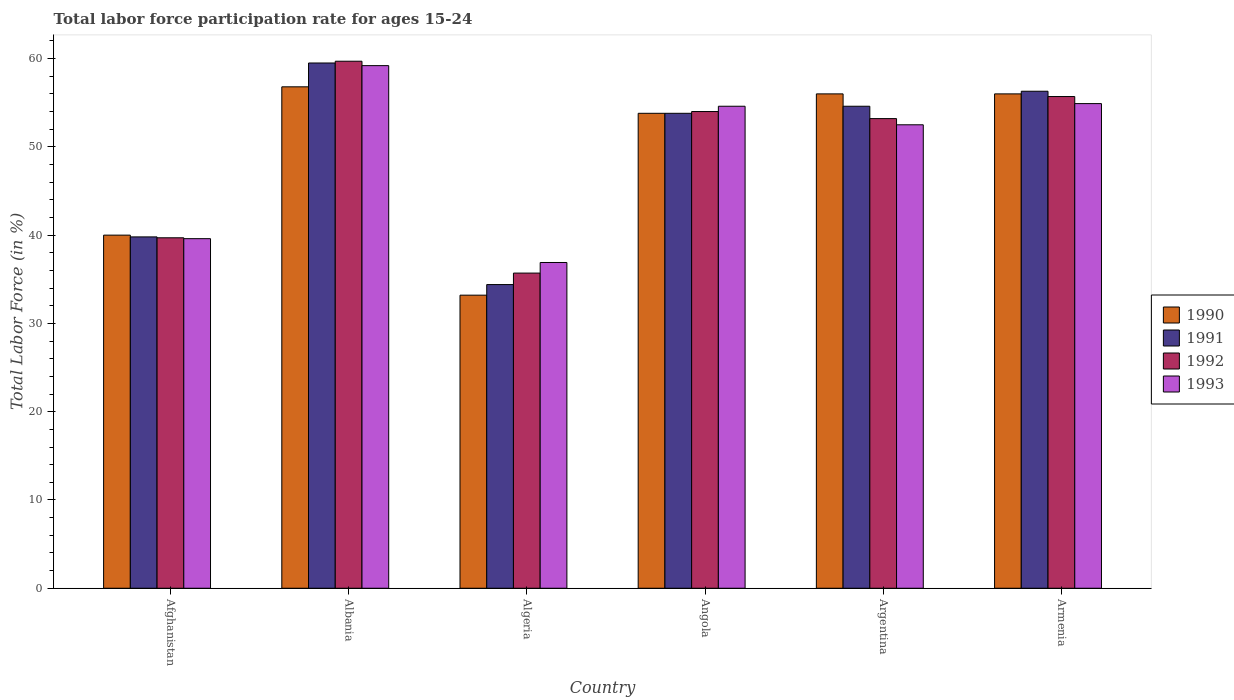
| Country | 1990 | 1991 | 1992 | 1993 |
 | --- | --- | --- | --- | --- |
 | Afghanistan | 40 | 39.8 | 39.7 | 39.6 |
 | Albania | 56.8 | 59.5 | 59.7 | 59.2 |
 | Algeria | 33.2 | 34.4 | 35.7 | 36.9 |
 | Angola | 53.8 | 53.8 | 54 | 54.6 |
 | Argentina | 56 | 54.6 | 53.2 | 52.5 |
 | Armenia | 56 | 56.3 | 55.7 | 54.9 |